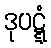
ဒုပဋ္ဋံ